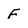
Character: f